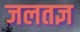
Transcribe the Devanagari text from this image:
जलतज्ञ